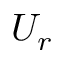
U _ { r }